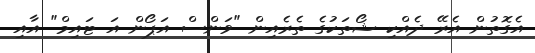
އެގޮތުން އެރޭ ދެއްކި ޝޯތަކުގެ ތެރެއިން "ވަންސް އަޕޯން އަ ޓައިމް" އާއި